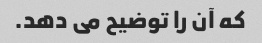
که آن را توضیح می دهد.